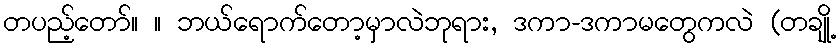
တပည့်တော်။ ။ ဘယ်ရောက်တော့မှာလဲဘုရား, ဒကာ-ဒကာမတွေကလဲ (တချို့